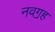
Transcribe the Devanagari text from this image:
नवॻह